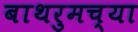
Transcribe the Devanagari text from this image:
बाथरुमच्‍या